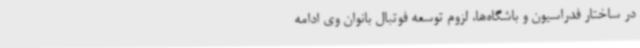
در ساختار فدراسیون و باشگاه‌ها، لزوم توسعه فوتبال بانوان وی ادامه